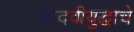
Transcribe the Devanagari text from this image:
यादवीयुद्धाचे